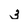
Character: 3